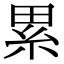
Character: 累